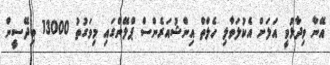
އޭނާ ވިދާޅުވީ އަލަށް އެކުލަވާލި ހެލްތް އިންޝުއަރެންސް ޕްލޭންގައި މިވަގުތު 13000 ބިދޭސީން